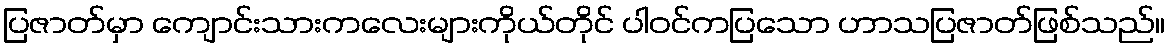
ပြဇာတ်မှာ ကျောင်းသားကလေးများကိုယ်တိုင် ပါဝင်ကပြသော ဟာသပြဇာတ်ဖြစ်သည်။